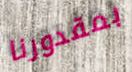
بمقدورنا